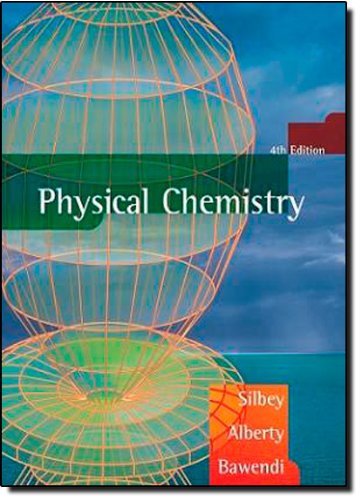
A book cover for Physical Chemistry; Robert J. Silbey; Science & Math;